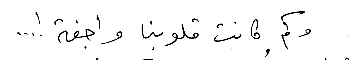
وكم كانت قلوبنا واجفة !...